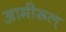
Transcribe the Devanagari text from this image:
आमीरूल्